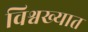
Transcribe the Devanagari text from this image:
विश्वख्यात